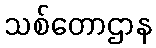
သစ်တောဌာန